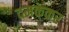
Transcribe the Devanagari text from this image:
दमककर